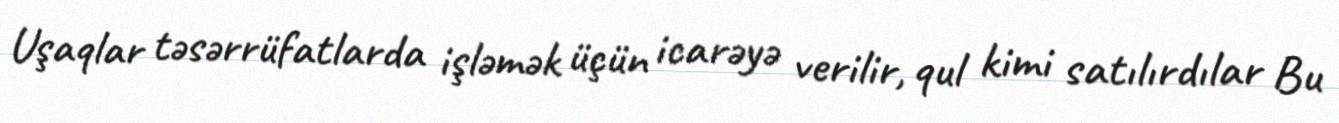
Uşaqlar təsərrüfatlarda işləmək üçün icarəyə verilir, qul kimi satılırdılar Bu